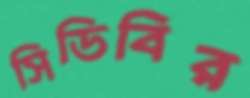
সিডিবির